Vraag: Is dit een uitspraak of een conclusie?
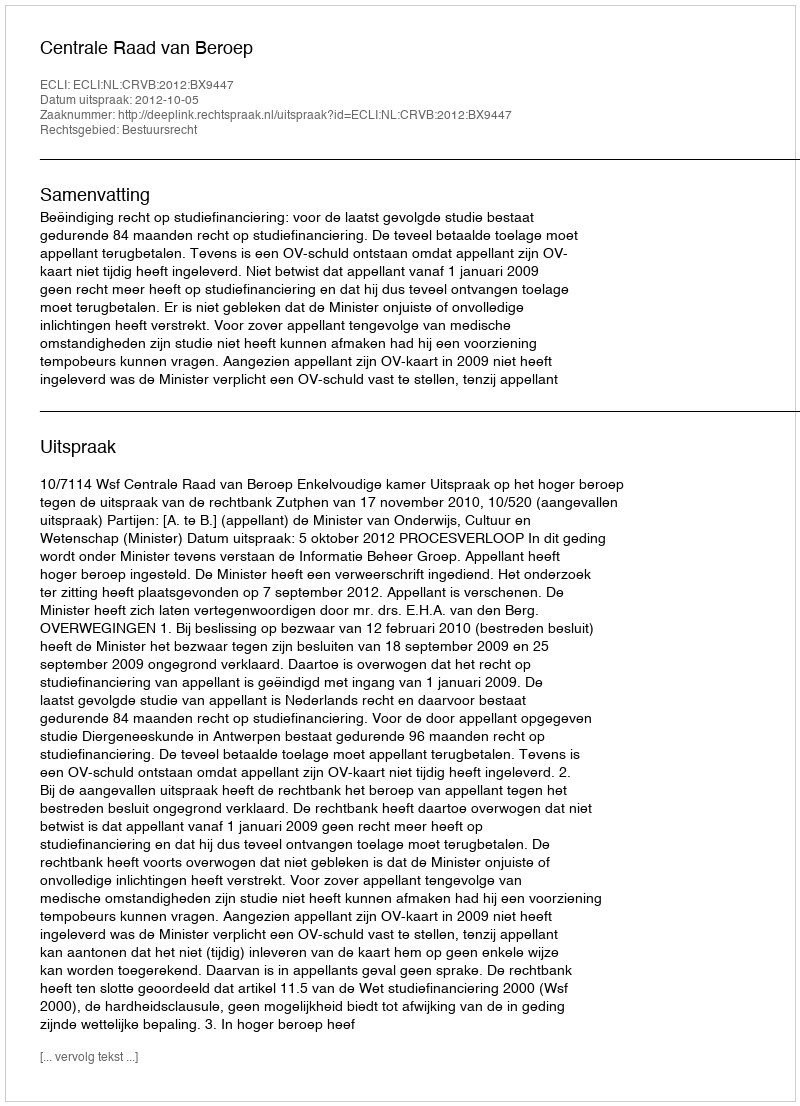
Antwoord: Uitspraak